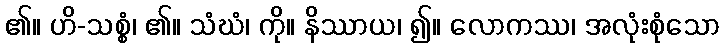
၏။ ဟိ-သစ္စံ၊ ၏။ သံဃံ၊ ကို။ နိဿာယ၊ ၍။ လောကဿ၊ အလုံးစုံသော